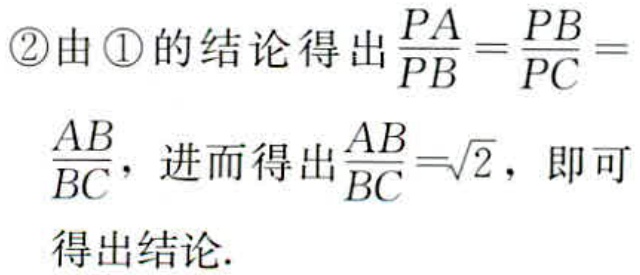
\textcircled{2}由\textcircled{1}的结论得出$\frac{PA}{PB}=\frac{PB}{PC}=\frac{AB}{BC}$，进而得出$\frac{AB}{BC}=\sqrt{2}$，即可得出结论.